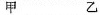
甲 乙